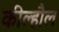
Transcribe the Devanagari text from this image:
कील्हौल